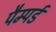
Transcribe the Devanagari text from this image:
पैम्पर्ड